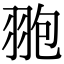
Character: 䎂